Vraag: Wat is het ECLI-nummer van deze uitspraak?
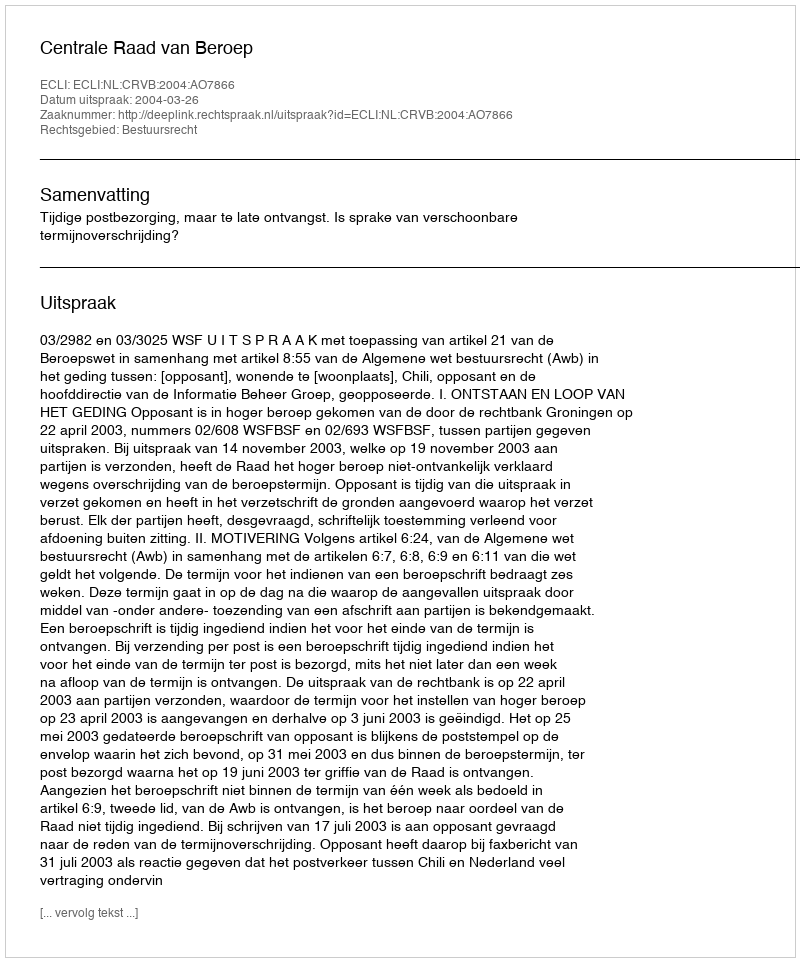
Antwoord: ECLI:NL:CRVB:2004:AO7866